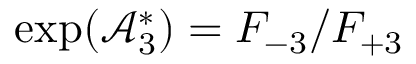
\exp ( \mathcal { A } _ { 3 } ^ { \ast } ) = F _ { - 3 } / F _ { + 3 }